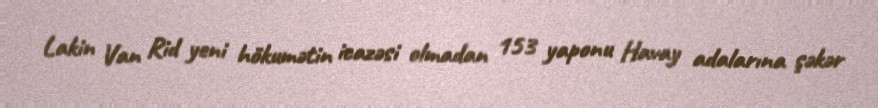
Lakin Van Rid yeni hökumətin icazəsi olmadan 153 yaponu Havay adalarına şəkər